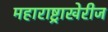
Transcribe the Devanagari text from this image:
महाराष्ट्राखेरीज